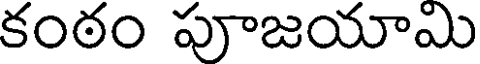
కంఠం పూజయామి